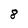
Character: 8